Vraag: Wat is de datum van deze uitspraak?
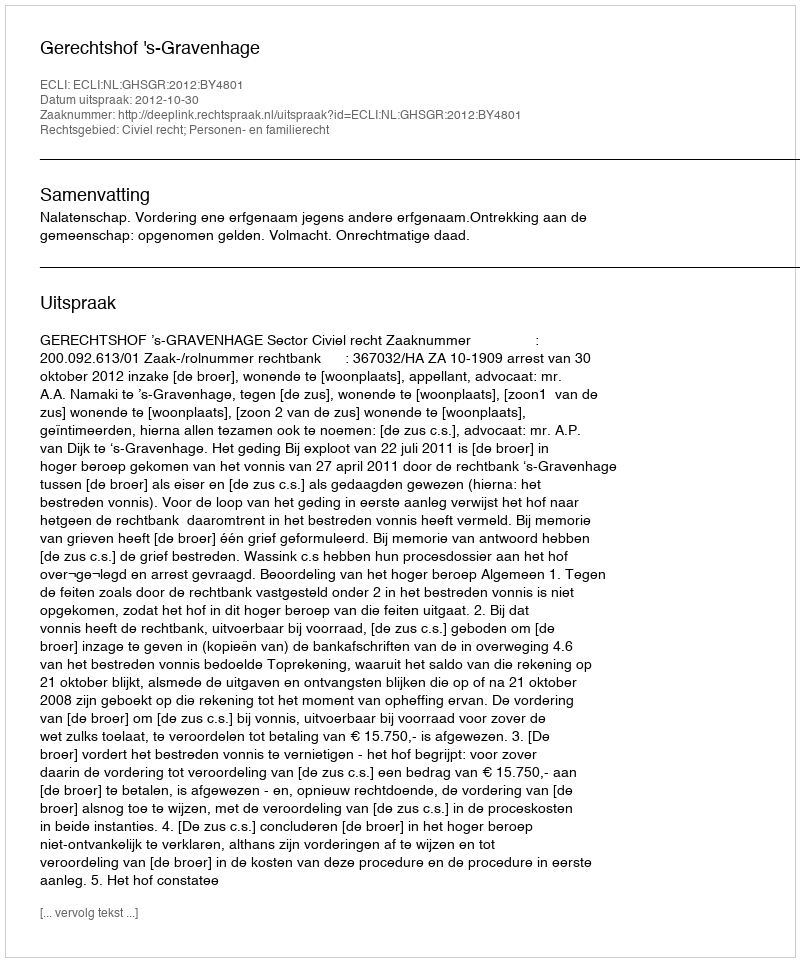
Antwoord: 2012-10-30